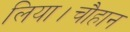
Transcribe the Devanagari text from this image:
लिया।चौहान